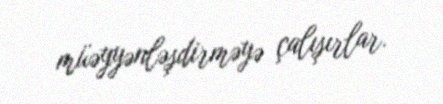
müəyyənləşdirməyə çalışırlar.